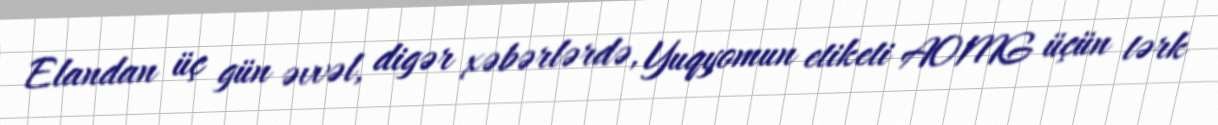
Elandan üç gün əvvəl, digər xəbərlərdə, Yuqyomun etiketi AOMG üçün tərk